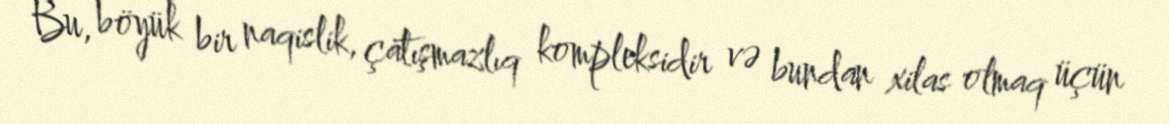
Bu, böyük bir naqislik, çatışmazlıq kompleksidir və bundan xilas olmaq üçün